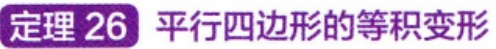
定理 26 平行四边形的等积变形